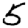
Digit: 5